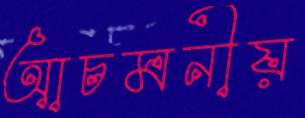
আচমনীয়